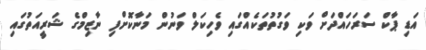
އަޑި ޕާކް ސަރަހައްދަށް ވަކި ވަގުތުތަކެއްގައި ވެހިކަލް ވަނުން މަނާކޮށްފި ނާޒިމްގެ ޝަރީއަތުގައި